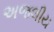
અજલીય